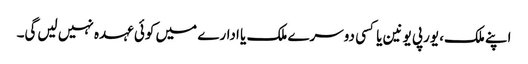
اپنے ملک، یورپی یونین یا کسی دوسرے ملک یا ادارے میں‌ کوئی عہدہ نہیں لیں‌گی۔